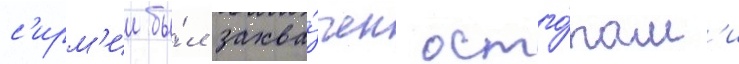
с'ирм'ии бы́л захва́чен остго́там'и